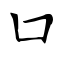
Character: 囗